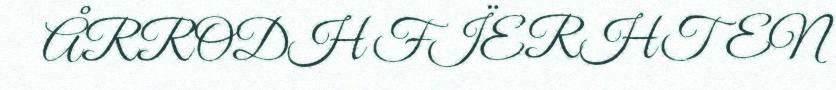
ÅRRODH FÏERHTEN